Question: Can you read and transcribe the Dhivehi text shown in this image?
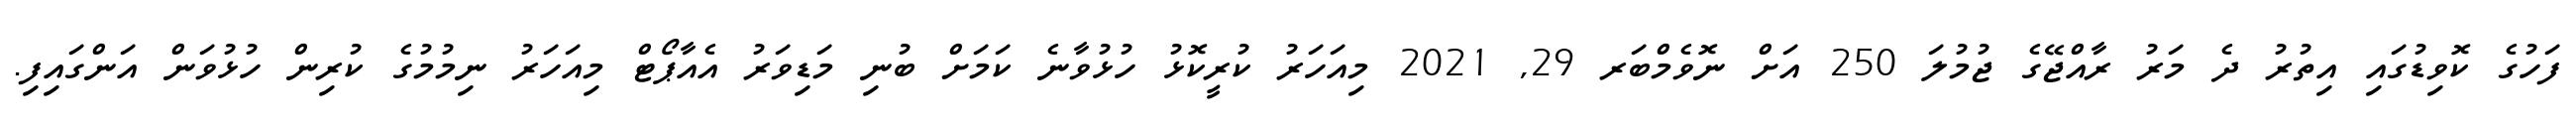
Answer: ފަހުގެ ކޮވިޑުގައި އިތުރު ދެ މަރު ރާއްޖޭގެ ޖުމުލަ 250 އަށް ނޮވެމްބަރ 29, 2021 މިއަހަރު ކުރީކޮޅު ހުޅުވާނެ ކަމަށް ބުނި މަޑިވަރު އެއާޕޯޓް މިއަހަރު ނިމުމުގެ ކުރިން ހުޅުވަން އަންގައިފި.